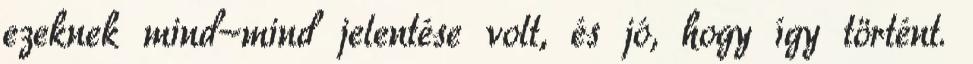
ezeknek mind-mind jelentése volt, és jó, hogy így történt.